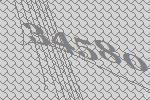
34580